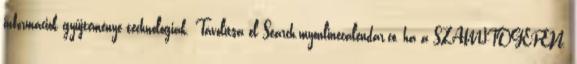
információk gyűjteménye technológiák. Távolítsa el Search.myonlinecalendar.co, ha a SZÁMÍTÓGÉPEN.